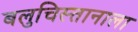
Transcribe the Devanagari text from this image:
बलुचिस्तानाला